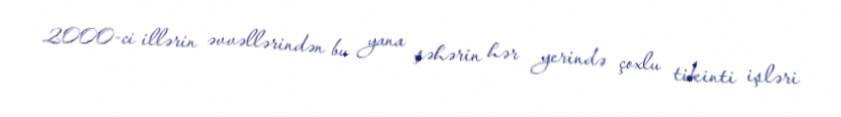
2000-ci illərin əvvəllərindən bu yana şəhərin hər yerində çoxlu tikinti işləri